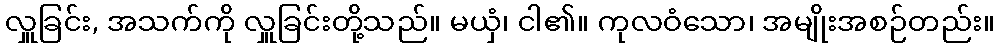
လှူခြင်း, အသက်ကို လှူခြင်းတို့သည်။ မယှံ၊ ငါ၏။ ကုလဝံသော၊ အမျိုးအစဉ်တည်း။